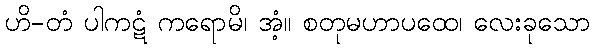
ဟိ-တံ ပါကဋံ ကရောမိ၊ အံ့။ စတုမဟာပထေ၊ လေးခုသော